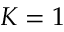
K = 1